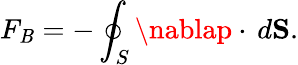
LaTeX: F_{\mathit{B}}=-\oint_{S}\nablap\cdot\, d\mathbf{{S}}.